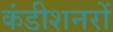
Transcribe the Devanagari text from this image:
कंडीशनरों